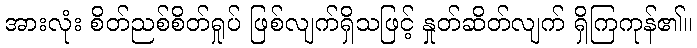
အားလုံး စိတ်ညစ်စိတ်ရှုပ် ဖြစ်လျက်ရှိသဖြင့် နှုတ်ဆိတ်လျက် ရှိကြကုန်၏။